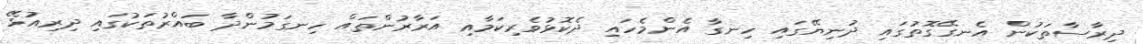
ދިރާސާތަކުން އެނގޭގޮތުގައި ދުނިޔޭގައި ހިނގާ އެންމެހައި ދެކޮޅުވެރިކަމާއި އަރާރުންތައް ހިނގަމުންދާ ބައްރުތަކުގައި ދިރިއުޅޭ